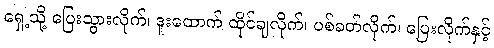
ရှေ့သို့ ပြေးသွားလိုက်၊ ဒူးထောက် ထိုင်ချလိုက်၊ ပစ်ခတ်လိုက်၊ ပြေးလိုက်နှင့်